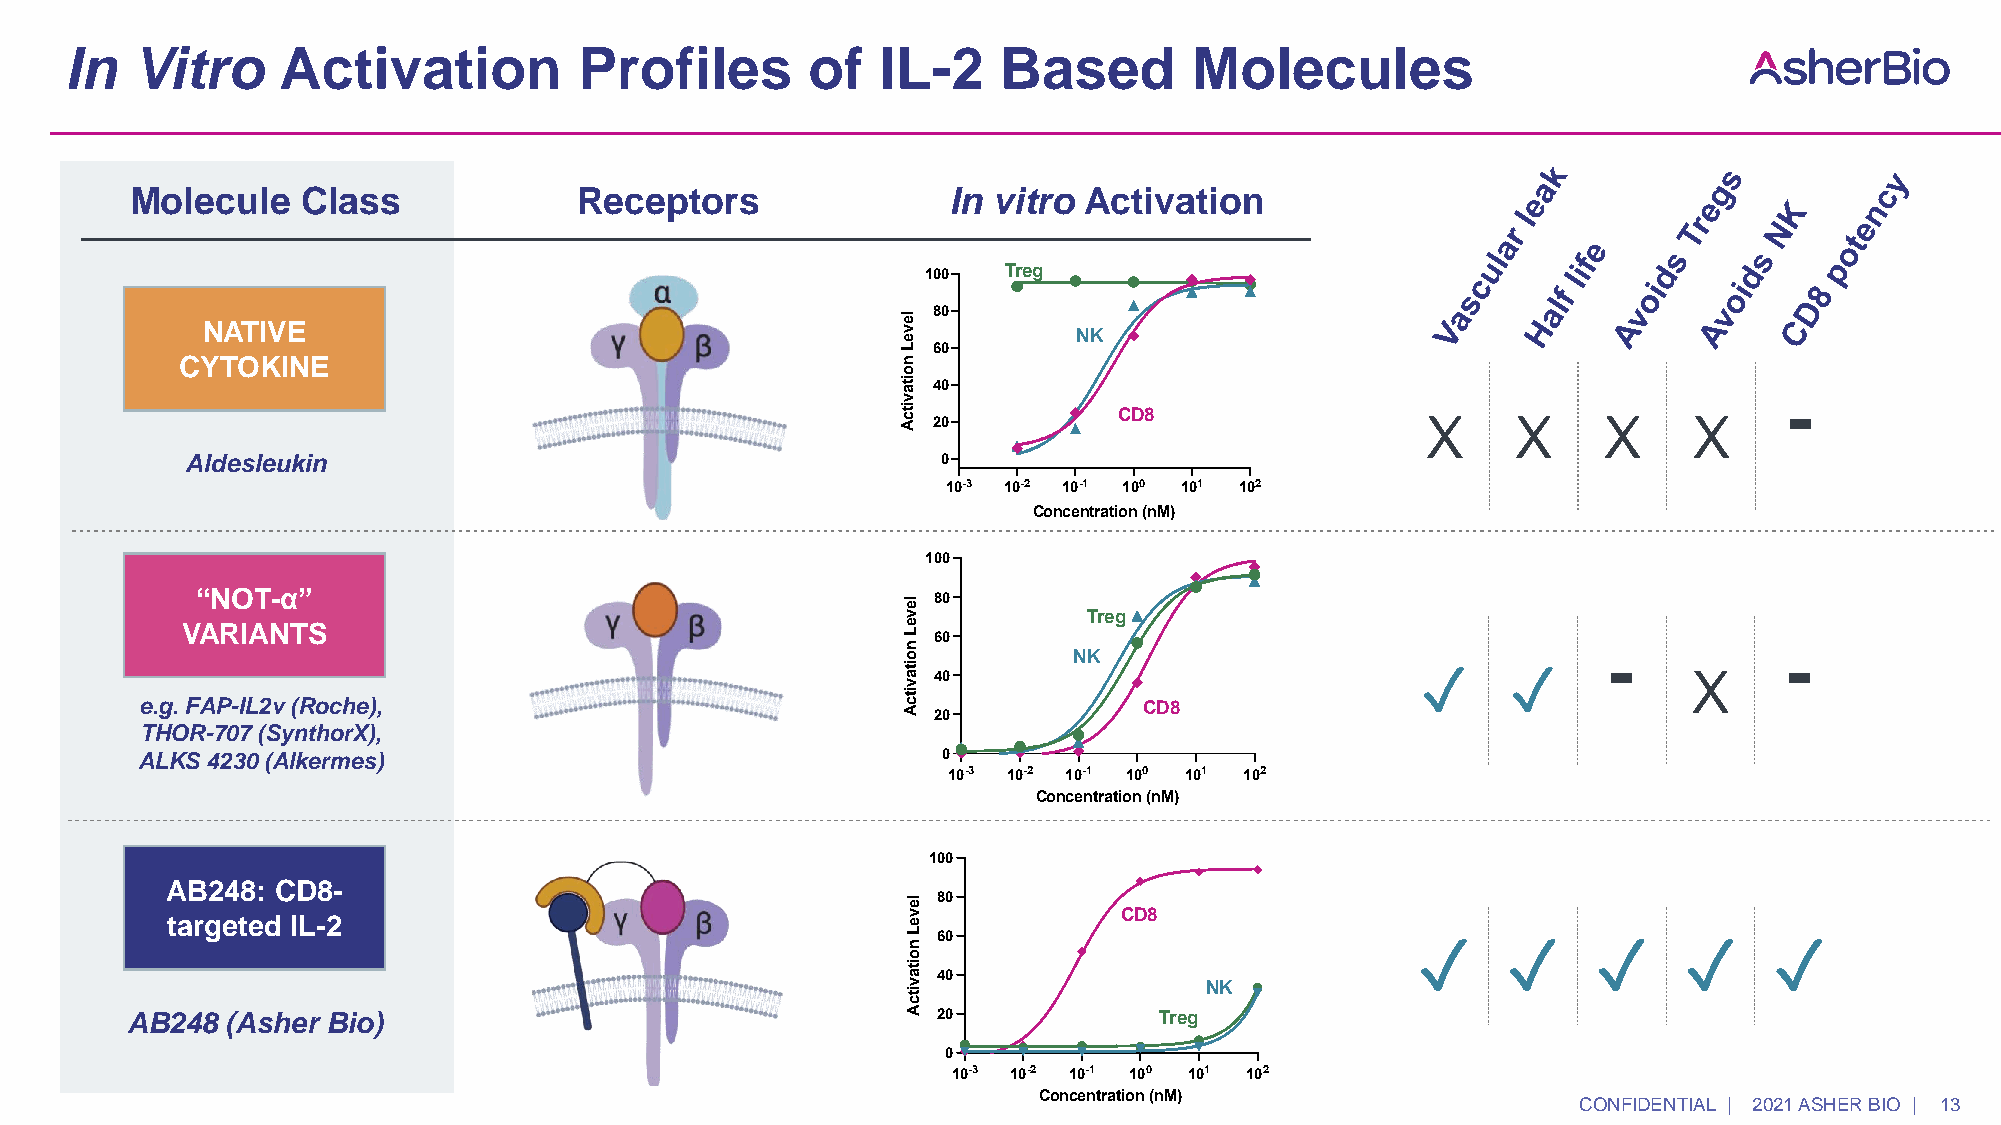
In   Vitro    Activation          Profiles       of   IL-2    Based        Molecules
 Molecule   Class             Receptors                In vitro Activation
 NATIVE
 CYTOKINE
 -
 X     X     X     X
 Aldesleukin
 “NOT-α”
 VARIANTS
 -           -
 ✓     ✓           X
 e.g. FAP-IL2v (Roche),
 THOR-707 (SynthorX),
 ALKS 4230 (Alkermes)
 AB248
 100
 AB248: CD8-
 le 80
 targeted IL-2                                    v e           CD8
 L n 60                            ✓     ✓     ✓     ✓    ✓
 o
 ita
 40
 v                   NK
 itc
 AB248  (Asher Bio)                                  A 20             Treg
 0
 10-3 10-2 10-1 100 101 102
 Concentration (nM)
 CONFIDENTIAL | 2021 ASHER BIO | 13
 leveL
 noitavitcA
 leveL
 noitavitcA
 leveL
 noitavitcA
 1
 1
 1
 0 0
 8 0
 6 0
 4 0
 2 0
 0
 -31 0
 0 0
 8 0
 6 0
 4 0
 2 0
 0
 -31 0
 0 0
 8 0
 6 0
 4 0
 2 0
 00
 .0 0 0 1 0 .0
 T r e g
 N K
 C D 8
 -2 -1 01 0 1 0 1 0
 C o n c e n tra tio n (n M
 T r e g
 N K
 C D
 -2  -1 01 0 1 0 1 0C
 o n c e n tra tio n (n M
 A B 2 4 8
 C D 8
 0 1 0 .0 1 0 .1 1 1
 C o n c e n tra tio n (n M
 )
 8
 )
 0
 )
 11 0
 11 0
 N
 T r e
 1 0 0
 21 0
 21 0
 K
 g
 1 0 0 0